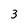
Character: 3